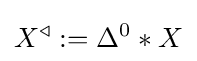
X^{\triangleleft }:=\Delta ^{0}*X